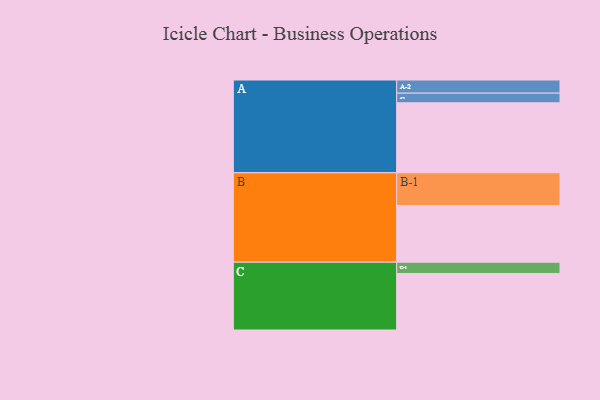
{"axis": {"x": "Segment", "y": "Value"}, "legend": ["", "A", "B", "C"], "data": [{"x": "A", "y": 527, "type": ""}, {"x": "B", "y": 427, "type": ""}, {"x": "C", "y": 426, "type": ""}, {"x": "A-1", "y": 73, "type": "A"}, {"x": "A-2", "y": 99, "type": "A"}, {"x": "B-1", "y": 247, "type": "B"}, {"x": "C-1", "y": 85, "type": "C"}]}